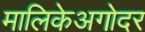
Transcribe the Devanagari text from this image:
मालिकेअगोदर